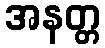
အနတ္တ